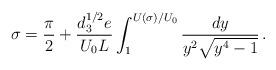
LaTeX: \begin{align*}\sigma={\pi \over 2} + \frac{d_3^{1/2} e}{U_0 L}\int_1^{U(\sigma)/U_0}\frac{dy}{y^2\sqrt{y^4-1}}\,.\end{align*}